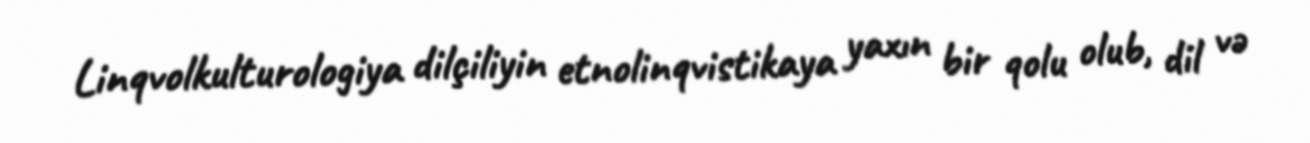
Linqvolkulturologiya dilçiliyin etnolinqvistikaya yaxın bir qolu olub, dil və